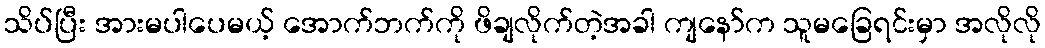
သိပ်ပြီး အားမပါပေမယ့် အောက်ဘက်ကို ဖိချလိုက်တဲ့အခါ ကျနော်က သူမခြေရင်းမှာ အလိုလို